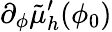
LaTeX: \partial_{\phi}\tilde{\mu}_{h}^{\prime}(\phi_{0})